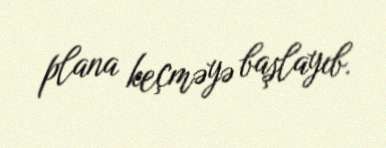
plana keçməyə başlayıb.